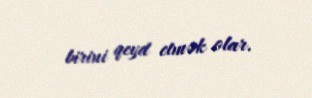
birini qeyd etmək olar.